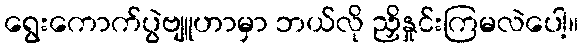
ရွေးကောက်ပွဲဗျူဟာမှာ ဘယ်လို ညှိနှုင်းကြမလဲပေါ့။